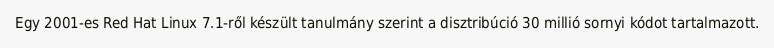
Egy 2001-es Red Hat Linux 7.1-ről készült tanulmány szerint a disztribúció 30 millió sornyi kódot tartalmazott.